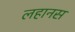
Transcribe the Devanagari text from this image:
लहानस